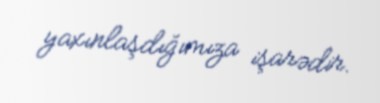
yaxınlaşdığımıza işarədir.